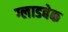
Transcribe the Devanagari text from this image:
ग्लाडबेक